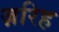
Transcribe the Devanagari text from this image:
ज़रिह